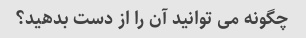
چگونه می توانید آن را از دست بدهید؟